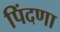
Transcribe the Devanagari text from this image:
पिंदणा